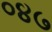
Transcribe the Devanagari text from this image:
०४७